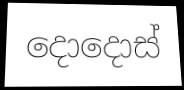
දොදොස්